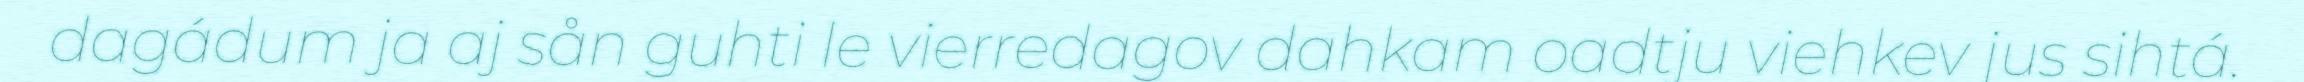
dagádum ja aj sån guhti le vierredagov dahkam oadtju viehkev jus sihtá.